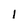
Character: 1